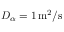
D _ { \alpha } = 1 \ensuremath { \, \mathrm { m ^ { 2 } / s } }